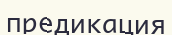
предикация